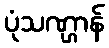
ပုံသဏ္ဌာန်